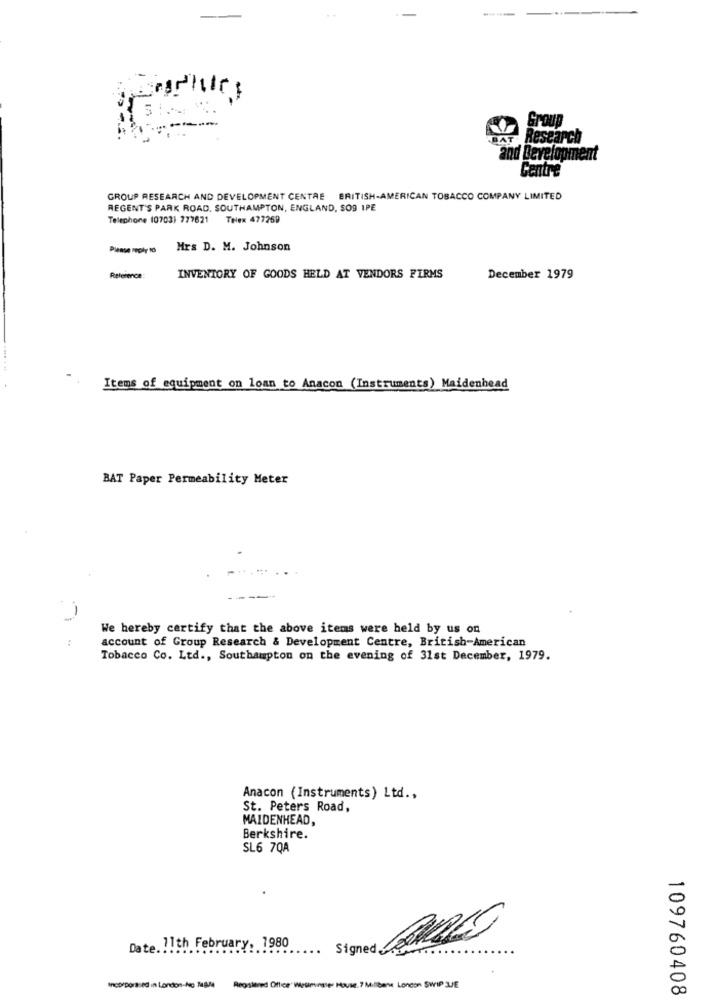
Poup
BAT
Res
and Development
Centre
GROUP RESEARCH AND DEVELOPMENT CENTRE BRITISH-AMERICAN TOBACCO COMPANY LIMITED
REGENT'S PARK ROAD, SOUTHAMPTON, ENGLAND, SOS IPE
Telephone (0703) 777621 THlex 477269
Please reply 10
Mrs D. M. Johnson
Reference:
INVENTORY OF GOODS HELD AT VENDORS FIRMS
December 1979
Items of equipment on loan to Anacon (Instruments) Maidenhead
BAT Paper Permeability Meter
-
We hereby certify that the above items were held by us on
:
account of Group Research & Development Centre, British-American
Tobacco Co. Ltd ., Southampton on the evening of 31st December, 1979.
Anacon (Instruments) Ltd .,
St. Peters Road,
MAIDENHEAD,
Berkshire.
SL6 7QA
Signed TORRES
Date. !! th February, 1980
Incorporased in London-No MAMA
Registered Office" Westminster House. 7 Millbane London SWIP JE
109760408